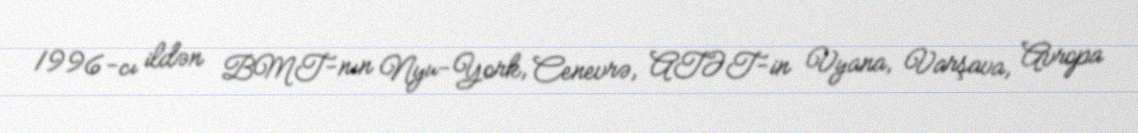
1996-cı ildən BMT-nın Nyu-York, Cenevrə, ATƏT-in Vyana, Varşava, Avropa